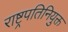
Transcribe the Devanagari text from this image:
राष्ट्रपतिनियुक्त